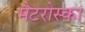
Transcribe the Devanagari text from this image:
मैटरोस्का